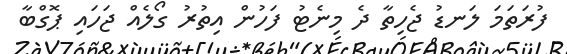
ފުރަތަމަ ލަނޑު ޖެހިތާ ދެ މިނެޓު ފަހުން އިތުރު ގޯލެއް ޖަހައި ޕޮގްބާ